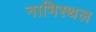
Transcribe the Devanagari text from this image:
नाभिस्थल